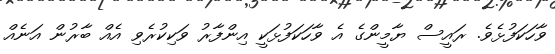
ވާހަކަފުޅެވެ. ރައީސް ޔާމީންގެ އެ ވާހަކަފުޅަކީ އިންފާރު ވަކިކުރެވި އެއް ބާރުން އަނެއް